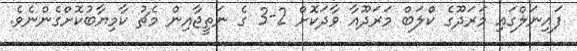
ފައިނަލްގައި މަރަދޫގެ ކްލަބް މަރަދޫއާ ވާދަކޮށް 2-3 ގެ ނަތީޖާއިން މެޗު ކާމިޔާބުކޮށްގެންނެވެ.